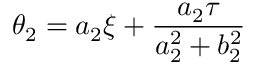
\theta _ { 2 } = a _ { 2 } \xi + \frac { a _ { 2 } \tau } { a _ { 2 } ^ { 2 } + b _ { 2 } ^ { 2 } }